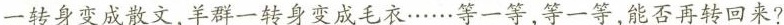
一转身变成散文，羊群一转身变成毛衣……等一等，等一等，能否再转回来?